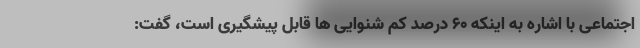
اجتماعی با اشاره به اینکه ۶۰ درصد کم شنوایی ها قابل پیشگیری است، گفت: